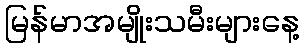
မြန်မာအမျိုးသမီးများနေ့